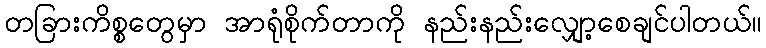
တခြားကိစ္စတွေမှာ အာရုံစိုက်တာကို နည်းနည်းလျှော့စေချင်ပါတယ်။